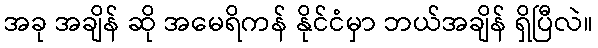
အခု အချိန် ဆို အမေရိကန် နိုင်ငံမှာ ဘယ်အချိန် ရှိပြီလဲ။